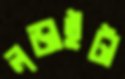
লড়াইটা